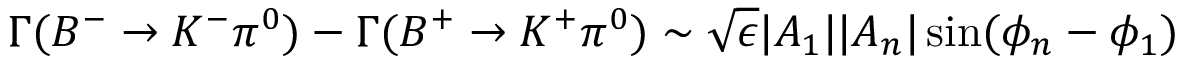
\Gamma ( B ^ { - } \to K ^ { - } \pi ^ { 0 } ) - \Gamma ( B ^ { + } \to K ^ { + } \pi ^ { 0 } ) \sim \sqrt { \epsilon } | A _ { 1 } | | A _ { n } | \sin ( \phi _ { n } - \phi _ { 1 } )